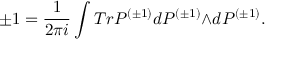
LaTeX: \pm 1 = \frac { 1 } { 2 { \pi } i } \int T r { \cal P } ^ { ( { \pm } 1 ) } d { \cal P } ^ { ( { \pm } 1 ) } { \wedge } d { \cal P } ^ { ( { \pm } 1 ) } .